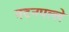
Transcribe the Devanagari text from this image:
मदनपल्ले